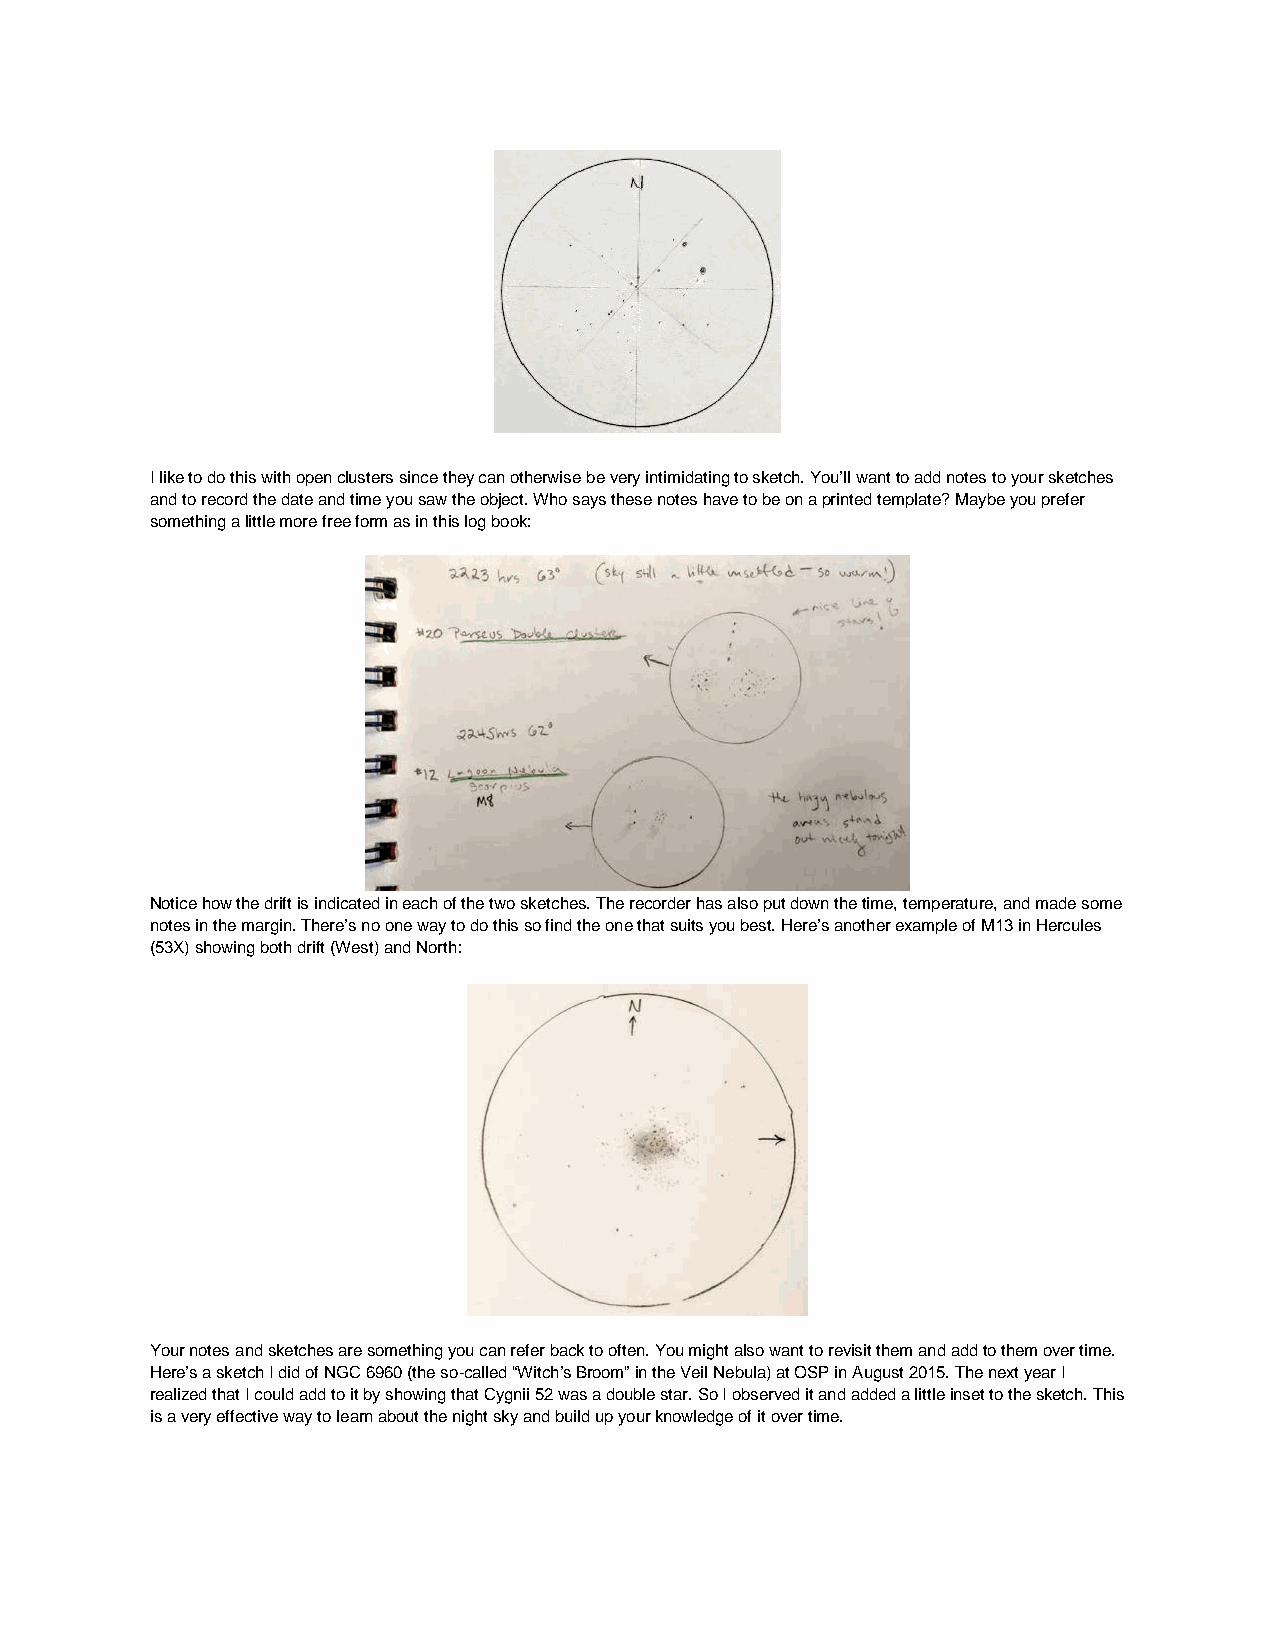
I like to do this with open clusters since they can otherwise be very intimidating to sketch. You’ll want to add notes to your sketches
 and to record the date and time you saw the object. Who says these notes have to be on a printed template? Maybe you prefer
 something a little more free form as in this log book:
 Notice how the drift is indicated in each of the two sketches. The recorder has also put down the time, temperature, and made some
 notes in the margin. There’s no one way to do this so find the one that suits you best. Here’s another example of M13 in Hercules
 (53X) showing both drift (West) and North:
 Your notes and sketches are something you can refer back to often. You might also want to revisit them and add to them over time.
 Here’s a sketch I did of NGC 6960 (the so-called “Witch’s Broom” in the Veil Nebula) at OSP in August 2015. The next year I
 realized that I could add to it by showing that Cygnii 52 was a double star. So I observed it and added a little inset to the sketch. This
 is a very effective way to learn about the night sky and build up your knowledge of it over time.